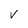
Character: v